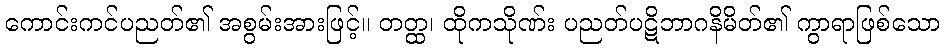
ကောင်းကင်ပညတ်၏ အစွမ်းအားဖြင့်။ တတ္ထ၊ ထိုကသိုဏ်း ပညတ်ပဋိဘာဂနိမိတ်၏ ကွာရာဖြစ်သော